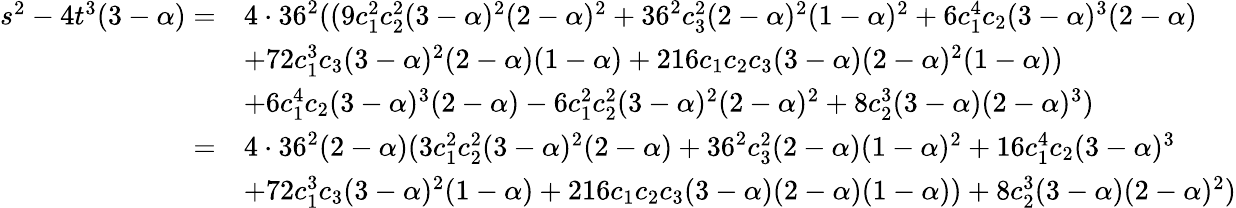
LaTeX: \begin{array}{rl}{s^{2}-4t^{3}(3-\alpha)=}&{4\cdot 36^{2}((9c_{1}^{2}c_{2}^{2}(3-\alpha)^{2}(2-\alpha)^{2}+36^{2}c_{3}^{2}(2-\alpha)^{2}(1-\alpha)^{2}+6c_{1}^{4}c_{2}(3-\alpha)^{3}(2-\alpha)}\\ &{+72c_{1}^{3}c_{3}(3-\alpha)^{2}(2-\alpha)(1-\alpha)+216c_{1}c_{2}c_{3}(3-\alpha)(2-\alpha)^{2}(1-\alpha))}\\ &{+6c_{1}^{4}c_{2}(3-\alpha)^{3}(2-\alpha)-6c_{1}^{2}c_{2}^{2}(3-\alpha)^{2}(2-\alpha)^{2}+8c_{2}^{3}(3-\alpha)(2-\alpha)^{3})}\\ {=}&{4\cdot 36^{2}(2-\alpha)(3c_{1}^{2}c_{2}^{2}(3-\alpha)^{2}(2-\alpha)+36^{2}c_{3}^{2}(2-\alpha)(1-\alpha)^{2}+16c_{1}^{4}c_{2}(3-\alpha)^{3}}\\ &{+72c_{1}^{3}c_{3}(3-\alpha)^{2}(1-\alpha)+216c_{1}c_{2}c_{3}(3-\alpha)(2-\alpha)(1-\alpha))+8c_{2}^{3}(3-\alpha)(2-\alpha)^{2})}\end{array}